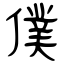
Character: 僕